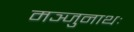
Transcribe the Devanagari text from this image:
मञ्जुनाथः